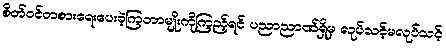
စိတ်ဝင်တစားရေးပေးခဲ့ကြတာမျိုးကိုကြည့်ရင် ပညာညာဏ်ရှိမှ လုပ်သင့်မလုပ်သင့်